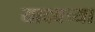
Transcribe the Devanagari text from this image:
यादवच्या